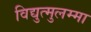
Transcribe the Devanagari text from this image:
विद्युत्मुलम्मा